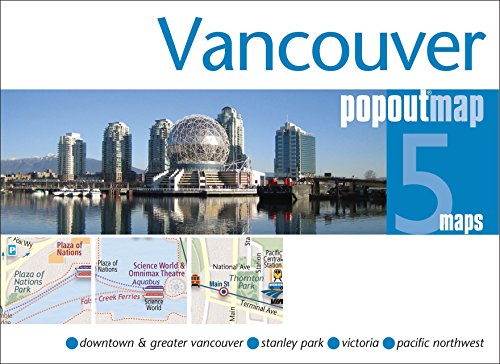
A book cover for Vancouver PopOut Map (PopOut Maps); Popout Maps; Travel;